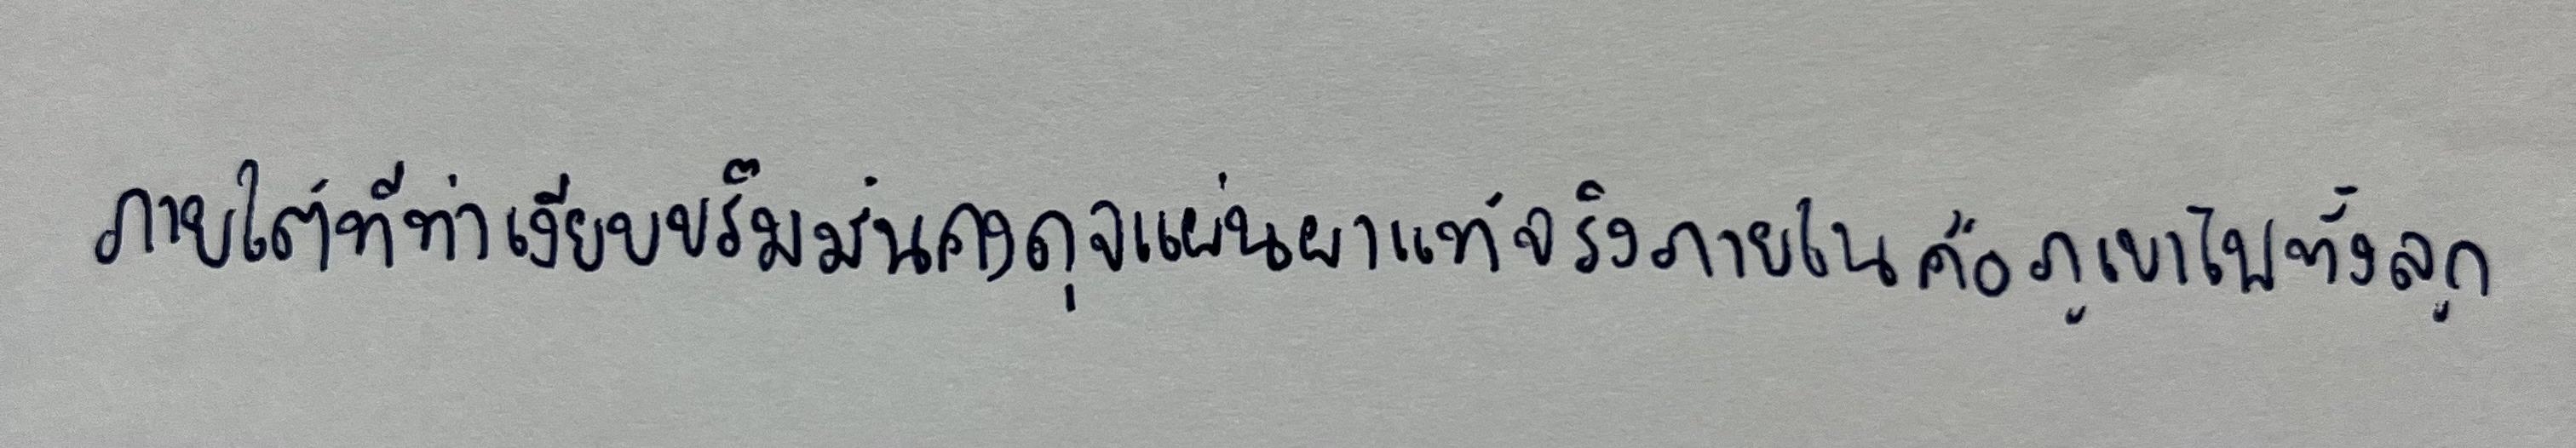
ภายใต้ทีท่าเงียบขรึมมั่นคงดุจแผ่นผาแท้จริงภายในคือภูเขาไฟทั้งลูก